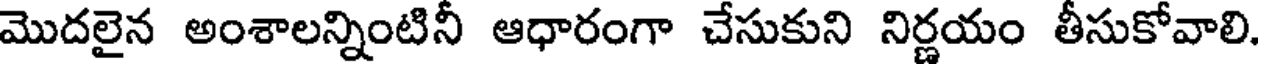
మొదలైన అంశాలన్నింటినీ ఆధారంగా చేసుకుని నిర్ణయం తీసుకోవాలి.